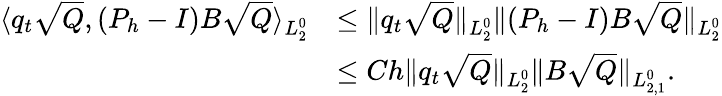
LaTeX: \begin{array}{rl}{\langle q_{t}\sqrt{Q},(P_{h}-I)B\sqrt{Q}\rangle_{L_{2}^{0}}}&{\leq\| q_{t}\sqrt{Q}\| _{L_{2}^{0}}\| (P_{h}-I)B\sqrt{Q}\| _{L_{2}^{0}}}\\ &{\leq Ch\| q_{t}\sqrt{Q}\| _{L_{2}^{0}}\| B\sqrt{Q}\| _{L_{2,1}^{0}}.}\end{array}